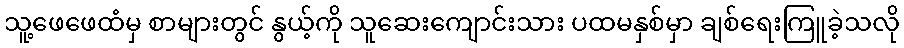
သူ့ဖေဖေထံမှ စာများတွင် နွယ့်ကို သူဆေးကျောင်းသား ပထမနှစ်မှာ ချစ်ရေးကြူခဲ့သလို